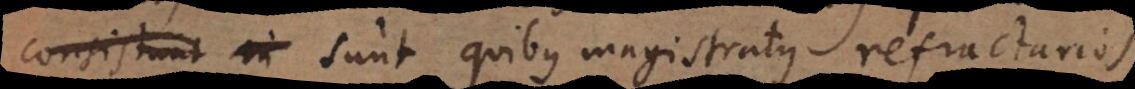
sunt quibus magistratus refractarios